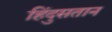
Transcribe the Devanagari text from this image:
हिंदुसतान